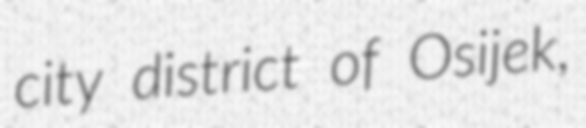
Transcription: city district of Osijek,